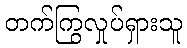
တက်ကြွလှုပ်ရှားသူ